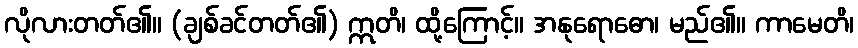
လိုလားတတ်၏။ (ချစ်ခင်တတ်၏) ဣတိ၊ ထို့ကြောင့်။ အနုရောဓော၊ မည်၏။ ကာမေတိ၊